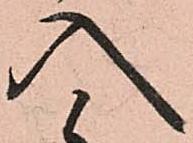
入